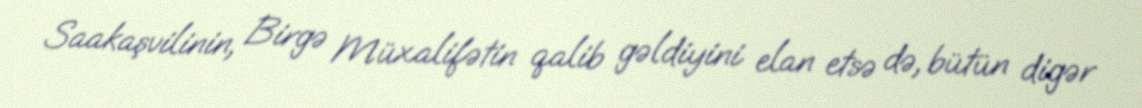
Saakaşvilinin, Birgə Müxalifətin qalib gəldiyini elan etsə də, bütün digər